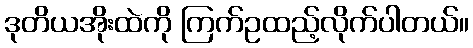
ဒုတိယအိုးထဲကို ကြက်ဥထည့်လိုက်ပါတယ်။